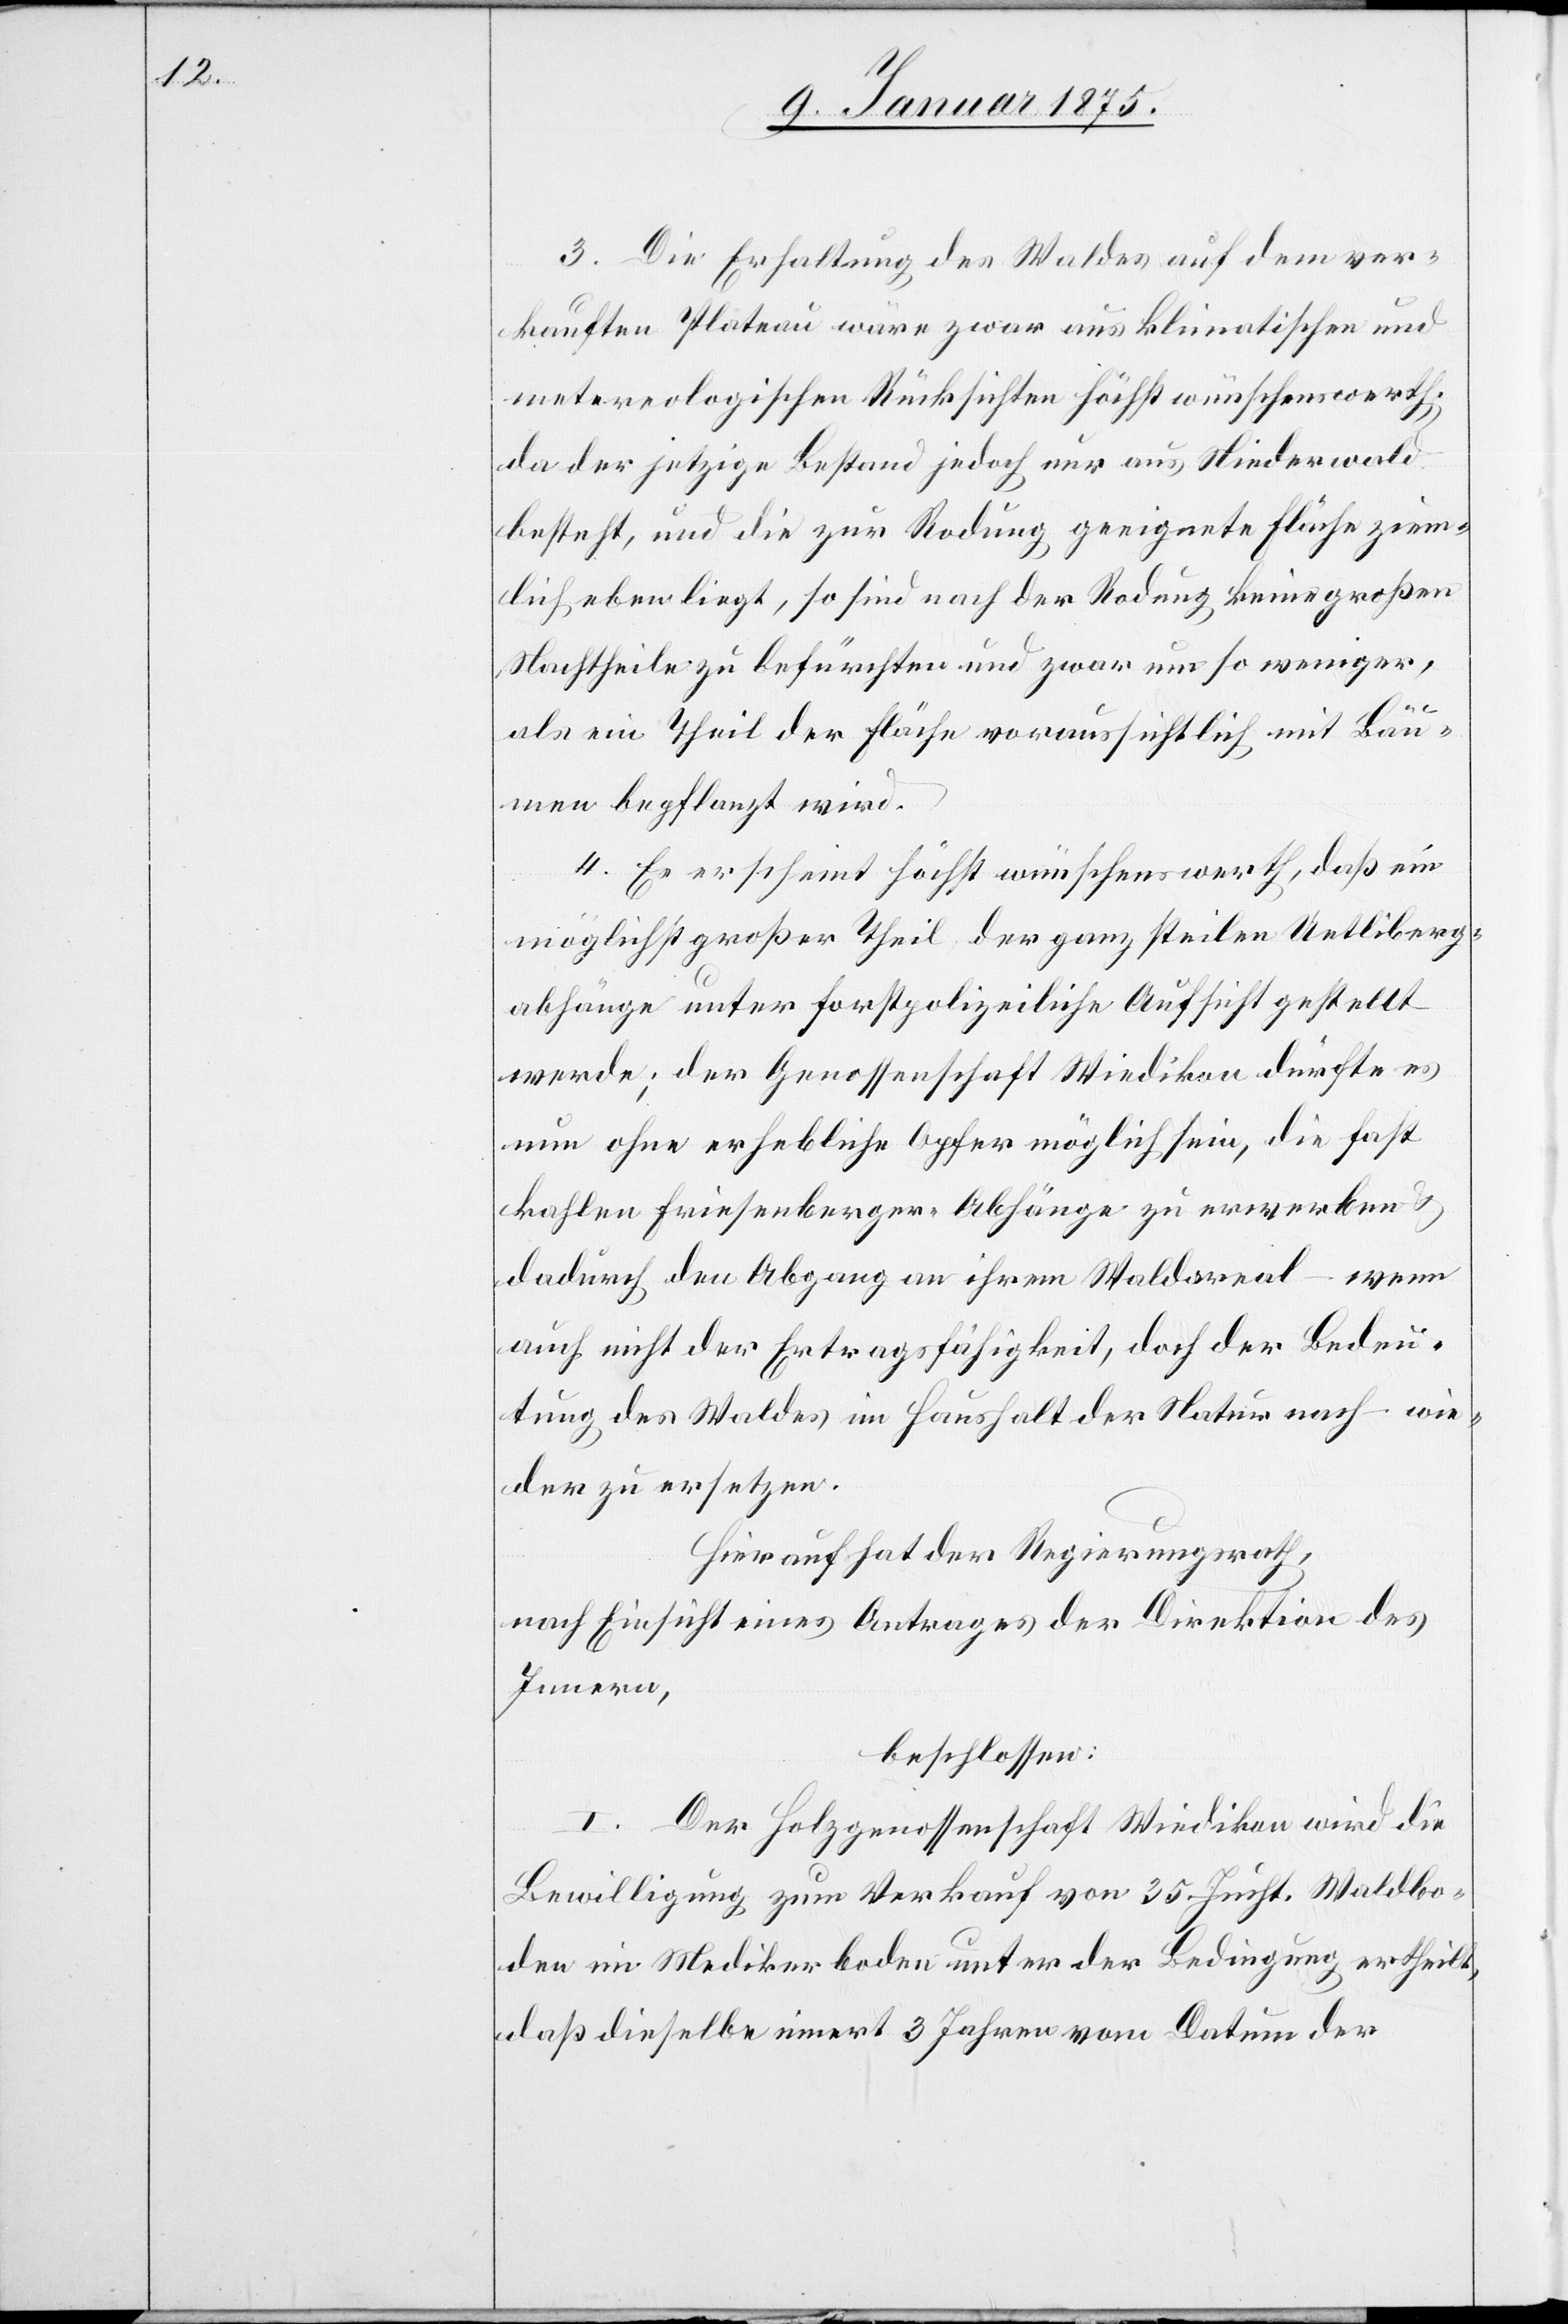
3. Die Erhaltung des Waldes auf dem ver¬
kauften Plateau wäre zwar aus klimatischen und
metereologischen Rücksichten höchst wünschenswerth;
da der jetzige Bestand jedoch nur aus Niederwald
besteht, und die zur Rodung geeignete Fläche ziem¬
lich eben liegt, so sind nach der Rodung keine großen
Nachtheile zu befürchten und zwar um so weniger,
als ein Theil der Fläche voraussichtlich mit Bäu¬
men bepflanzt wird.
4. Es erscheint höchst wünschenswerth, daß ein
möglichst großer Theil der ganz steilen Uetliberg¬
abhänge unter forstpolizeiliche Aufsicht gestellt
werde; der Genossenschaft Wiedikon dürfte es
nun ohne erhebliche Opfer möglich sein, die fast
kahlen Friesenberger-Abhänge zu erwerben &
dadurch den Abhang an ihrem Waldareal – wenn
auch nicht der Ertragsfähigkeit, doch der Bedeu¬
tung des Waldes im Haushalt der Natur nach – wie¬
der zu ersetzen.
Hierauf hat der Regierungsrath,
nach Einsicht eines Antrages der Direktion des
Innern,
beschlossen:
I. Der Holzgenossenschaft Wiedikon wird die
Bewilligung zum Verkauf von 35 Jucht. Waldbo¬
den im Medikerboden unter der Bedingung ertheilt,
daß dieselbe innert 3 Jahren vom Datum der